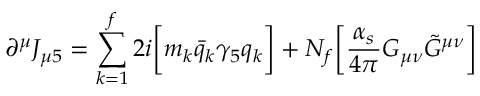
\partial ^ { \mu } J _ { \mu 5 } = \sum _ { k = 1 } ^ { f } 2 i \biggl [ m _ { k } \bar { q } _ { k } \gamma _ { 5 } q _ { k } \biggr ] + N _ { f } \biggl [ { \frac { \alpha _ { s } } { 4 \pi } } G _ { \mu \nu } { \tilde { G } } ^ { \mu \nu } \biggr ]